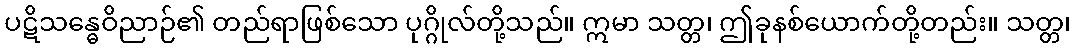
ပဋိသန္ဓေဝိညာဉ်၏ တည်ရာဖြစ်သော ပုဂ္ဂိုလ်တို့သည်။ ဣမာ သတ္တ၊ ဤခုနစ်ယောက်တို့တည်း။ သတ္တ၊